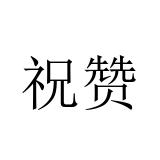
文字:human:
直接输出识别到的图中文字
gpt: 祝赞